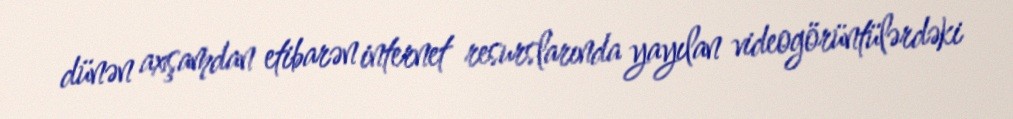
dünən axşamdan etibarən internet resurslarında yayılan videogörüntülərdəki